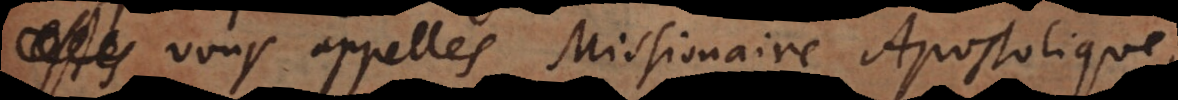
s vous appelles Missionaire Apostolique,